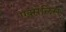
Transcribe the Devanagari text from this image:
एक्सेलिस